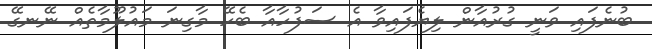
ބުނެފައި ވަނީ ގުރުއާން ލިޔެފައިވާ އެ ސަފުހާއާ ބެހޭ މާގިނަ މައުލޫމާތެއް ނޭނގޭ